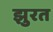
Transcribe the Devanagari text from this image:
झुरत